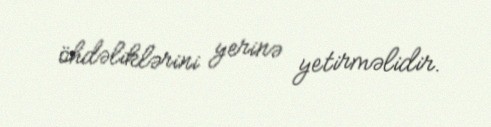
öhdəliklərini yerinə yetirməlidir.